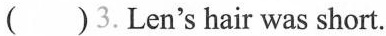
( )3.Len's hair was short.